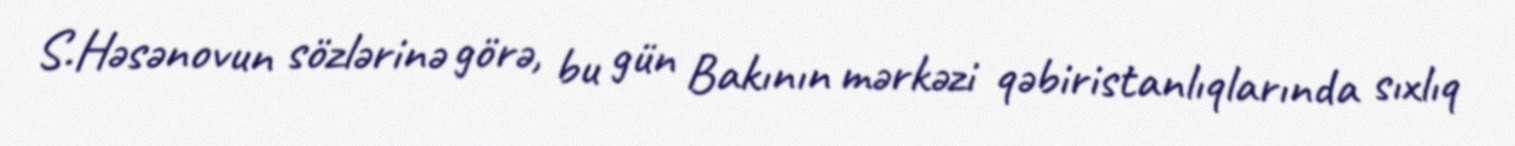
S.Həsənovun sözlərinə görə, bu gün Bakının mərkəzi qəbiristanlıqlarında sıxlıq